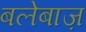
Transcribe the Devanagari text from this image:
बलेबाज़